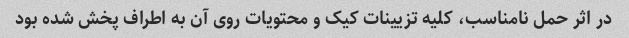
در اثر حمل نامناسب، کلیه تزیینات کیک و محتویات روی آن به اطراف پخش شده بود